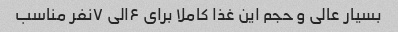
بسیار عالی و حجم این غذا کاملا برای ۶الی ۷نفر مناسب